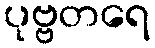
ပုဗ္ဗတရေ